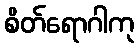
စိတ်ရောဂါကု